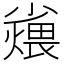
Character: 𪨆